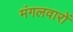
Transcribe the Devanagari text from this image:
मंगलवारों